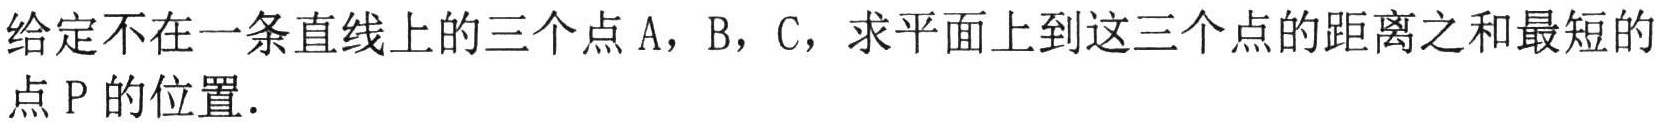
给定不在一条直线上的三个点\(A\)，\(B\)，\(C\)，求平面上到这三个点的距离之和最短的
点\(P\)的位置.